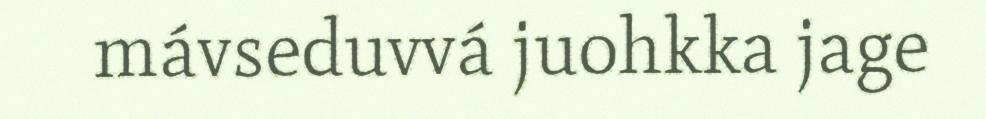
mávseduvvá juohkka jage